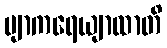
ဗျာကရေယျာထာတိ